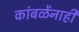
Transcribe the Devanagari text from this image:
कांबळेंनाही